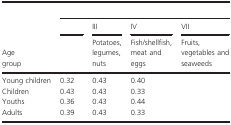
<table><thead><tr><td>[EMPTY_CELL]</td><td colspan="4">[EMPTY_CELL]</td></tr><tr><td>[EMPTY_CELL]</td><td>[EMPTY_CELL]</td><td><b>III</b></td><td><b>IV</b></td><td><b>VII</b></td></tr><tr><td><b>Age group</b></td><td>[EMPTY_CELL]</td><td><b>Potatoes, legumes, nuts</b></td><td><b>Fish/shellfish, meat and eggs</b></td><td><b>Fruits,vegetables and seaweeds</b></td></tr></thead><tbody><tr><td>Young children</td><td>0.32</td><td>0.43</td><td>0.40</td><td>[EMPTY_CELL]</td></tr><tr><td>Children</td><td>0.43</td><td>0.43</td><td>0.33</td><td>[EMPTY_CELL]</td></tr><tr><td>Youths</td><td>0.36</td><td>0.43</td><td>0.44</td><td>[EMPTY_CELL]</td></tr><tr><td>Adults</td><td>0.39</td><td>0.43</td><td>0.33</td><td>[EMPTY_CELL]</td></tr></tbody></table>